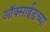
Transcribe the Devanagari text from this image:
ऑक्‍साईडच्या